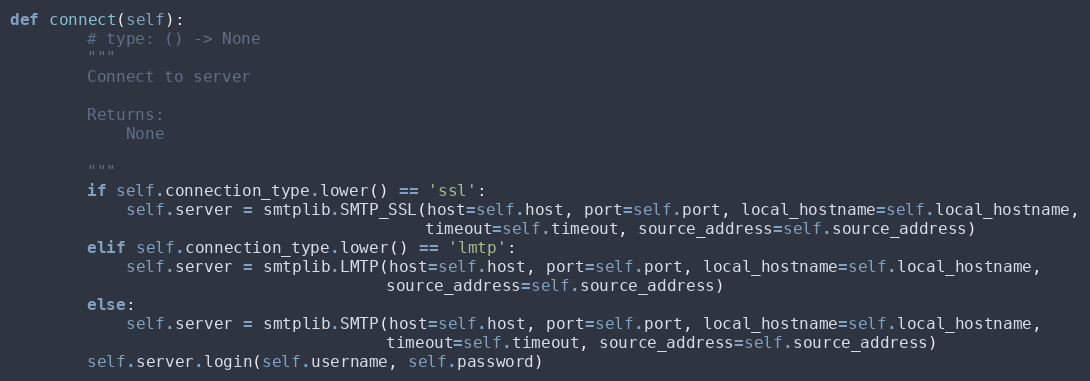
Language: Python
def connect(self):
        # type: () -> None
        """
        Connect to server

        Returns:
            None

        """
        if self.connection_type.lower() == 'ssl':
            self.server = smtplib.SMTP_SSL(host=self.host, port=self.port, local_hostname=self.local_hostname,
                                           timeout=self.timeout, source_address=self.source_address)
        elif self.connection_type.lower() == 'lmtp':
            self.server = smtplib.LMTP(host=self.host, port=self.port, local_hostname=self.local_hostname,
                                       source_address=self.source_address)
        else:
            self.server = smtplib.SMTP(host=self.host, port=self.port, local_hostname=self.local_hostname,
                                       timeout=self.timeout, source_address=self.source_address)
        self.server.login(self.username, self.password)